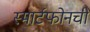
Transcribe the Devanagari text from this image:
स्मार्टफोनची